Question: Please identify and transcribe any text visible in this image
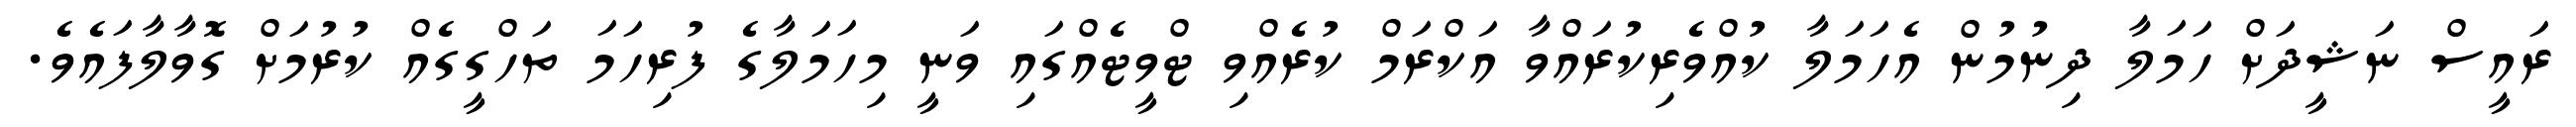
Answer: ރައީސް ނަޝީދަށް ހަމަލާ ދިނުމުން އެހަމަލާ ކުއްވެރިކުރައްވާ އަކްރަމް ކުރެއްވި ޓްވީޓެއްގައި ވަނީ މިހަމަލާގެ ފުރިހަމަ ތަހްގީގެއް ކުރުމަށް ގޮވާލާފައެވެ.